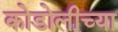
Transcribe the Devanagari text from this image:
कोडोलीच्या